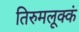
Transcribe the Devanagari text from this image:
तिरुमलूक्कं